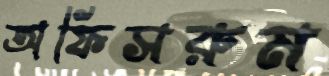
অফিসরুম